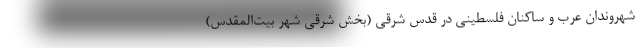
شهروندان عرب و ساکنان فلسطینی در قدس شرقی (بخش شرقی شهر بیت‌المقدس)